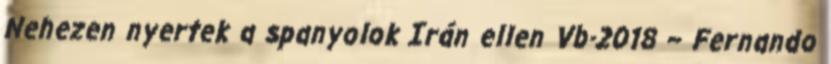
Nehezen nyertek a spanyolok Irán ellen Vb-2018 – Fernando